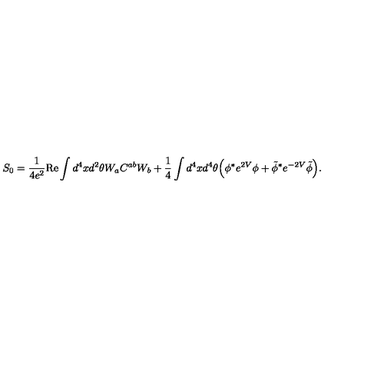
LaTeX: S _ { 0 } = \frac { 1 } { 4 e ^ { 2 } } \mathrm { R e } \int d ^ { 4 } x d ^ { 2 } \theta W _ { a } C ^ { a b } W _ { b } + \frac { 1 } { 4 } \int d ^ { 4 } x d ^ { 4 } \theta \Big ( \phi ^ { * } e ^ { 2 V } \phi + \tilde { \phi } ^ { * } e ^ { - 2 V } \tilde { \phi } \Big ) .